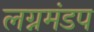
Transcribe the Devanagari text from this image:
लग्नमंडप